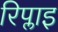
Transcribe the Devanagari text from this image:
रिप्लाइ